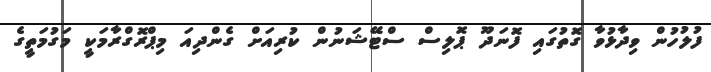
ފުލުހުން ވިދާޅުވާާ ގޮތުގައި ފޮނަދޫ ޕޮލިސް ސްޓޭޝަނުން ކުރިއަށް ގެންދިއަ މިޕްރޮގްރާމަކީ މަގުމަތީގެ